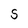
Character: S